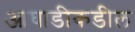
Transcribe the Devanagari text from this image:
आघाडीकडील